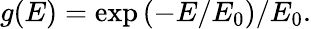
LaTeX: \begin{array}{r}{g(E)=\exp\left(-E/E_{0}\right)/E_{0}.}\end{array}